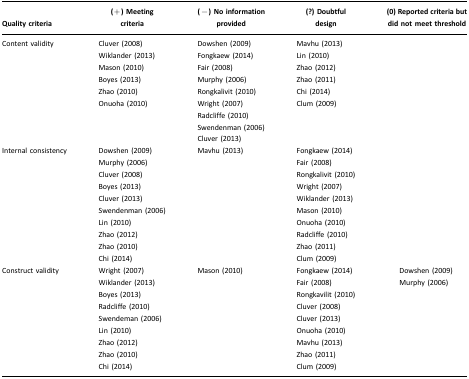
<table><thead><tr><td><b>Quality criteria</b></td><td><b>(+) Meeting criteria</b></td><td><b>(−) No information provided</b></td><td><b>(?) Doubtful design</b></td><td><b>(0) Reported criteria but did not meet threshold</b></td></tr></thead><tbody><tr><td>Content validity</td><td>Cluver (2008)</td><td>Dowshen (2009)</td><td>Mavhu (2013)</td><td></td></tr><tr><td></td><td>Wiklander (2013)</td><td>Fongkaew (2014)</td><td>Lin (2010)</td><td></td></tr><tr><td></td><td>Mason (2010)</td><td>Fair (2008)</td><td>Zhao (2012)</td><td></td></tr><tr><td></td><td>Boyes (2013)</td><td>Murphy (2006)</td><td>Zhao (2011)</td><td></td></tr><tr><td></td><td>Zhao (2010)</td><td>Rongkalivit (2010)</td><td>Chi (2014)</td><td></td></tr><tr><td></td><td>Onuoha (2010)</td><td>Wright (2007)</td><td>Clum (2009)</td><td></td></tr><tr><td></td><td></td><td>Radcliffe (2010)</td><td></td><td></td></tr><tr><td></td><td></td><td>Swendenman (2006)</td><td></td><td></td></tr><tr><td></td><td></td><td>Cluver (2013)</td><td></td><td></td></tr><tr><td>Internal consistency</td><td>Dowshen (2009)</td><td>Mavhu (2013)</td><td>Fongkaew (2014)</td><td></td></tr><tr><td></td><td>Murphy (2006)</td><td></td><td>Fair (2008)</td><td></td></tr><tr><td></td><td>Cluver (2008)</td><td></td><td>Rongkalivit (2010)</td><td></td></tr><tr><td></td><td>Boyes (2013)</td><td></td><td>Wright (2007)</td><td></td></tr><tr><td></td><td>Cluver (2013)</td><td></td><td>Wiklander (2013)</td><td></td></tr><tr><td></td><td>Swendenman (2006)</td><td></td><td>Mason (2010)</td><td></td></tr><tr><td></td><td>Lin (2010)</td><td></td><td>Onuoha (2010)</td><td></td></tr><tr><td></td><td>Zhao (2012)</td><td></td><td>Radcliffe (2010)</td><td></td></tr><tr><td></td><td>Zhao (2010)</td><td></td><td>Zhao (2011)</td><td></td></tr><tr><td></td><td>Chi (2014)</td><td></td><td>Clum (2009)</td><td></td></tr><tr><td>Construct validity</td><td>Wright (2007)</td><td>Mason (2010)</td><td>Fongkaew (2014)</td><td>Dowshen (2009)</td></tr><tr><td></td><td>Wiklander (2013)</td><td></td><td>Fair (2008)</td><td>Murphy (2006)</td></tr><tr><td></td><td>Boyes (2013)</td><td></td><td>Rongkavilit (2010)</td><td></td></tr><tr><td></td><td>Radcliffe (2010)</td><td></td><td>Cluver (2008)</td><td></td></tr><tr><td></td><td>Swendeman (2006)</td><td></td><td>Cluver (2013)</td><td></td></tr><tr><td></td><td>Lin (2010)</td><td></td><td>Onuoha (2010)</td><td></td></tr><tr><td></td><td>Zhao (2012)</td><td></td><td>Mavhu (2013)</td><td></td></tr><tr><td></td><td>Zhao (2010)</td><td></td><td>Zhao (2011)</td><td></td></tr><tr><td></td><td>Chi (2014)</td><td></td><td>Clum (2009)</td><td></td></tr></tbody></table>